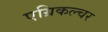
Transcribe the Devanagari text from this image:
एग्रिकल्चर